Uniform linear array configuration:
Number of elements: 64
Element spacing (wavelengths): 0.5
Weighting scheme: cosine
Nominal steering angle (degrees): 15
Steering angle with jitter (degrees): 15.879
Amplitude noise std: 0.05
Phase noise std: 0.05

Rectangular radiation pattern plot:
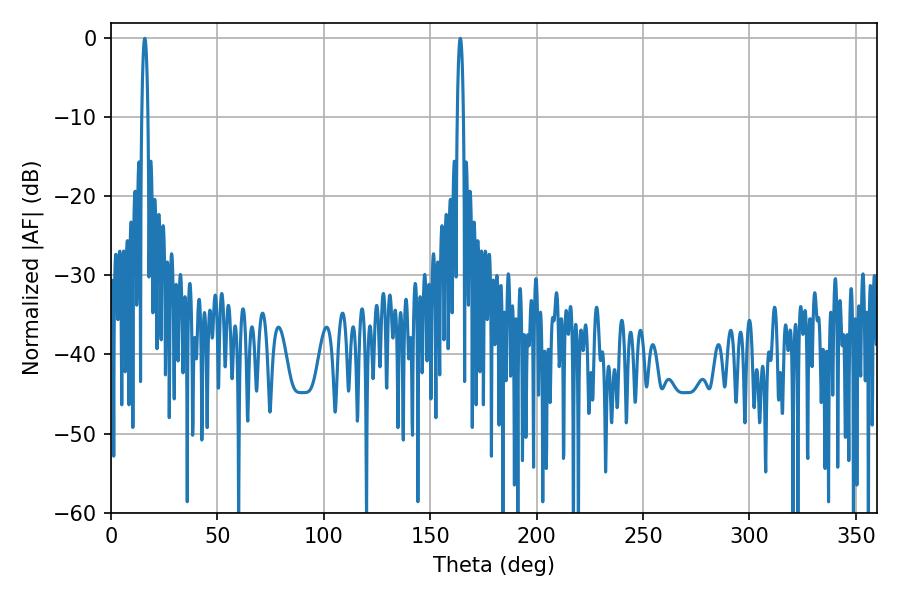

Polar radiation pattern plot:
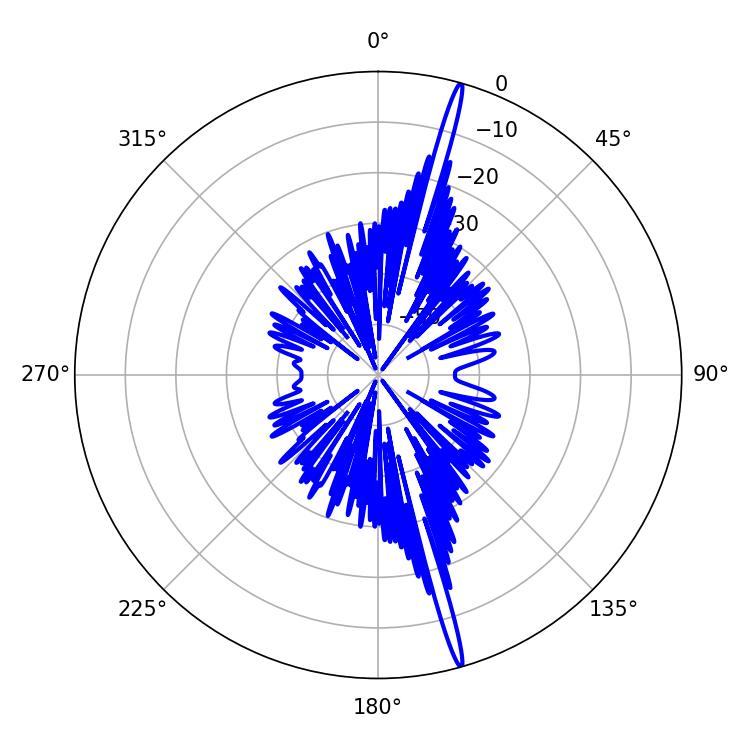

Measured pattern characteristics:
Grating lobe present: FALSE
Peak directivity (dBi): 20.472
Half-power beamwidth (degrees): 1.44
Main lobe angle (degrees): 15.84